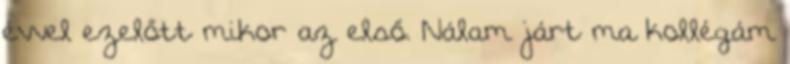
évvel ezelőtt mikor az első. Nálam járt ma kollégám